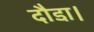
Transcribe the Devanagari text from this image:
दौडा़।